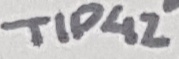
Text: TIP42